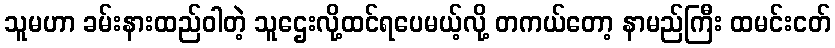
သူမဟာ ခမ်းနားထည်ဝါတဲ့ သူဌေးလို့ထင်ရပေမယ့်လို့ တကယ်တော့ နာမည်ကြီး ထမင်းငတ်